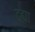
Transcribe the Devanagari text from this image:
दह्या